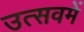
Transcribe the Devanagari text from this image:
उत्सवमें